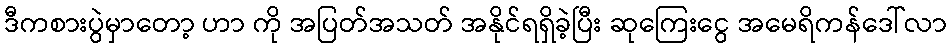
ဒီကစားပွဲမှာတော့ ဟာ ကို အပြတ်အသတ် အနိုင်ရရှိခဲ့ပြီး ဆုကြေးငွေ အမေရိကန်ဒေါ်လာ